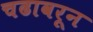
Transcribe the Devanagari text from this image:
चढावरून